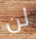
لن